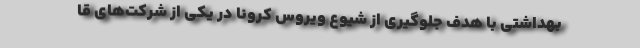
بهداشتی با هدف جلوگیری از شیوع ویروس کرونا در یکی‌ از شرکت‌های قا